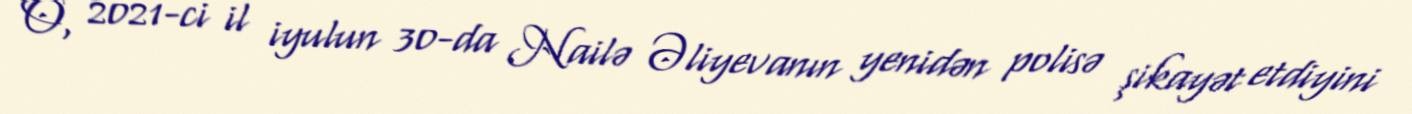
O, 2021-ci il iyulun 30-da Nailə Əliyevanın yenidən polisə şikayət etdiyini